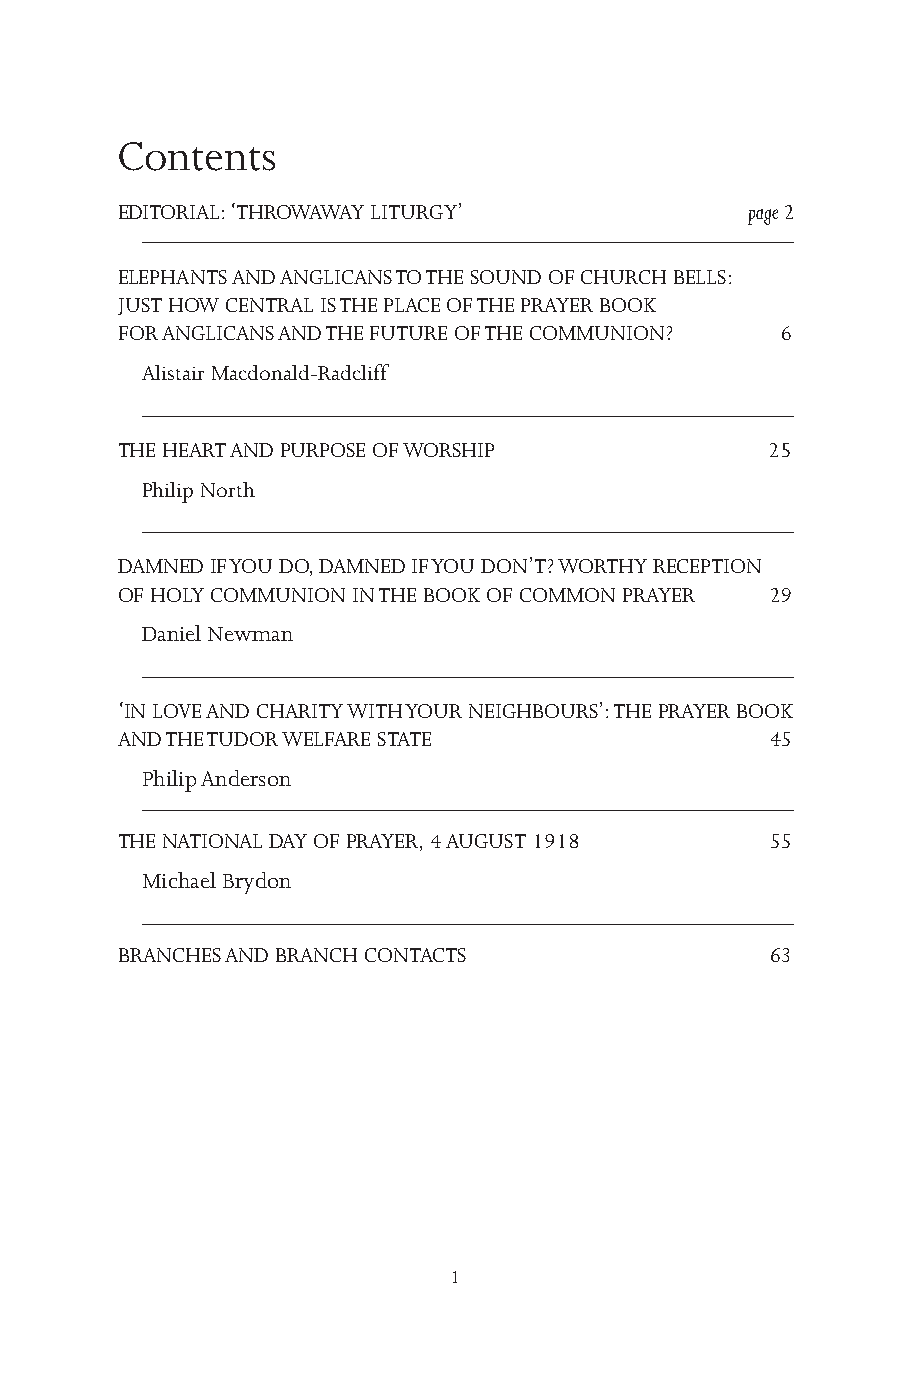
Contents
 EDITORIAL: ‘THROWAWAY LITURGY’            page 2
 ELEPHANTS AND ANGLICANS TO THE SOUND OF CHURCH BELLS:
 JUST HOW CENTRAL IS THE PLACE OF THE PRAYER BOOK
 FOR ANGLICANS AND THE FUTURE OF THE COMMUNION? 6
 Alistair Macdonald-Radcliff
 THE HEART AND PURPOSE OF WORSHIP           25
 Philip North
 DAMNED IF YOU DO, DAMNED IF YOU DON’T? WORTHY RECEPTION
 OF HOLY COMMUNION IN THE BOOK OF COMMON PRAYER 29
 Daniel Newman
 ‘IN LOVE AND CHARITY WITH YOUR NEIGHBOURS’: THE PRAYER BOOK
 AND THE TUDOR WELFARE STATE                45
 Philip Anderson
 THE NATIONAL DAY OF PRAYER, 4 AUGUST 1918  55
 Michael Brydon
 BRANCHES AND BRANCH CONTACTS               63
 1